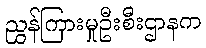
ညွှန်ကြားမှုဦးစီးဌာနက